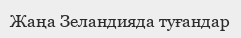
Жаңа Зеландияда туғандар